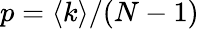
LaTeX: p=\langle k\rangle/(N-1)